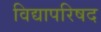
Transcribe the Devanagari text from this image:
विद्यापरिषद